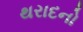
થરાદનો